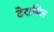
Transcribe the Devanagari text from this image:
टेराबित